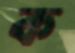
ক